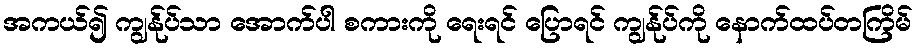
အကယ်၍ ကျွန်ုပ်သာ အောက်ပါ စကားကို ရေးရင် ပြောရင် ကျွန်ုပ်ကို နောက်ထပ်တကြိမ်